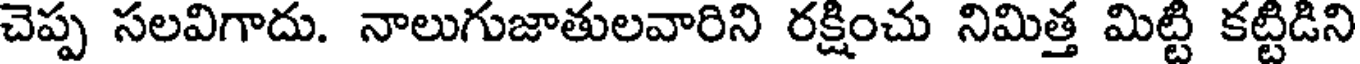
చెప్ప సలవిగాదు. నాలుగుజాతులవారిని రక్షించు నిమిత్త మిట్టి కట్టిడిని